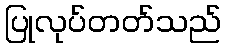
ပြုလုပ်တတ်သည်